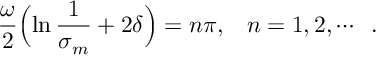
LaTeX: \frac { \omega } { 2 } \Bigl ( \ln \frac { 1 } { \sigma _ { m } } + 2 \delta \Bigr ) = n \pi , \; \; \; \mathop { n = 1 , 2 , } \cdots \; \; .